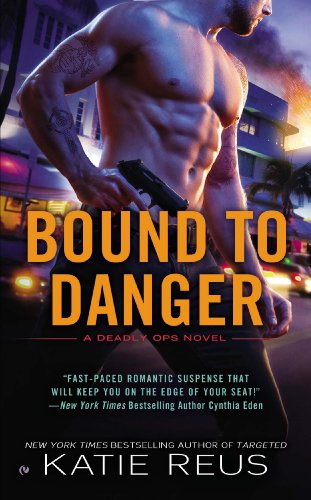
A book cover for Bound to Danger: A Deadly Ops Novel (Deadly Ops Series); Katie Reus; Romance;